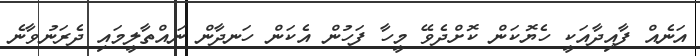
އަނެއް ފާއިދާއަކީ ހެޔޮކަން ކޮށްދެވޭ މީހާ ފަހުން އެކަން ހަނދާން ނައްތާލީމައި ދެރަނުވާނެ